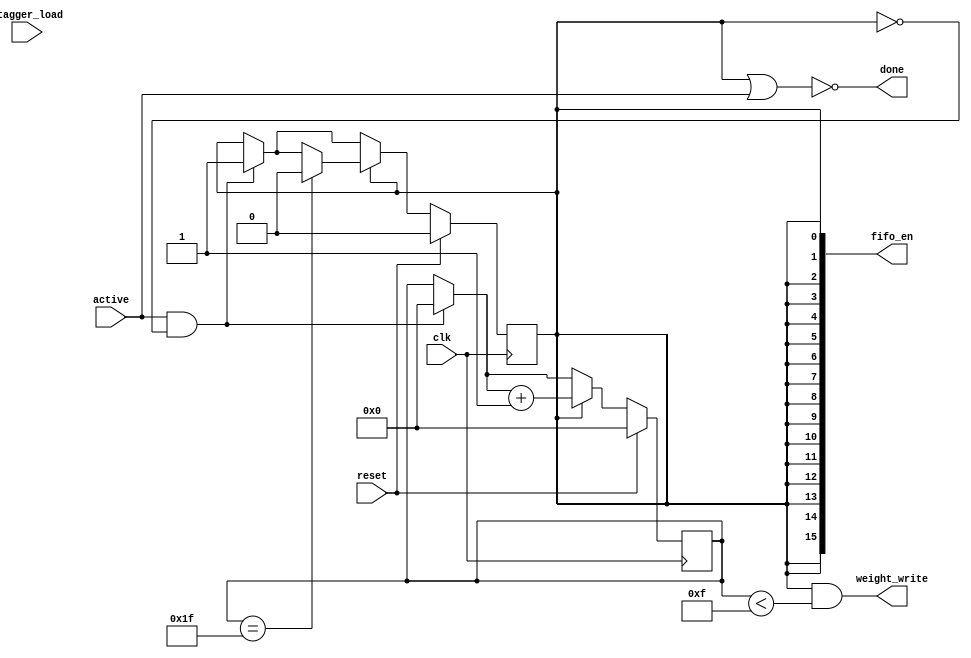
`timescale 1ns / 1ps



module FIFO_Ctrl(
    
    clk,
    reset,
    active,
    stagger_load,
    fifo_en,
    done,
    weight_write
    
);
    
    parameter FIFO_WIDTH = 16;
    localparam COUNT_WIDTH = $clog2(FIFO_WIDTH) + 1;  //A one is added to $clog2(FIFO_WIDTH) so incase of staggered loading 
                                                      //In which counter need to count to 2*FIFO_width instead of only FIFO_WIDTH.
                                                      
    
    input clk;
    input reset;
    input active;
    input stagger_load;
    output wire [FIFO_WIDTH-1 : 0] fifo_en;
    output wire done;
    output wire weight_write;
    
    
    //Using double latching techniques to prevent race conditions and unexpected behaviour of the code
    reg started , started_r;
    reg [COUNT_WIDTH-1 : 0] count , count_r;
    reg stagger_latch , stagger_latch_r;
    
    assign fifo_en = {FIFO_WIDTH{started}};
    assign done    = ~(started || active);
    assign weight_write = (started && (count < 15));
    
    
    always@(*)
    begin
    
        started_r = started;
        count_r   = count;
        stagger_latch_r = stagger_latch;
        
        if(active && !started)
        begin
            
            started_r = 1'b1;
            stagger_latch_r = stagger_load;
            count_r   = {COUNT_WIDTH{1'b0}};
        
        end
        
        
        if(started)
        begin
        
            count_r = count_r + 1;
            
            if(stagger_latch)
            begin
            
                if(count == FIFO_WIDTH*2 - 1)
                begin
                
                    started_r = 1'b0;
                
                end
            
            end
            
            else begin
            
                if(count == FIFO_WIDTH*2 - 1)
                begin
                
                    started_r = 1'b0;
                
                end
            
            end
        
        end
        
        if(reset)
        begin
        
            started_r = 1'b0;
            count_r   = {COUNT_WIDTH{1'b0}};
            stagger_latch_r = stagger_load;
        
        end
    
    end
    
    always@(posedge clk)
    begin
    
        started <= started_r;
        count   <= count_r;
        stagger_latch <= stagger_latch_r;
        
    end

endmodule